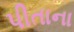
પીતાના